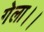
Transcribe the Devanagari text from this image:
गेला।।